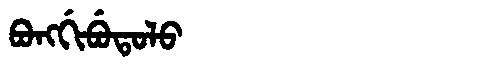
Manchu: ᠪᠣᠩᡤᡳᠪᡠᡨᠣᠯᠣ
Romanization: BONGGIBUTOLO